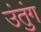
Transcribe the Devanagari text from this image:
उंतुंग